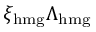
\xi _ { \mathrm { h m g } } \Lambda _ { \mathrm { h m g } }